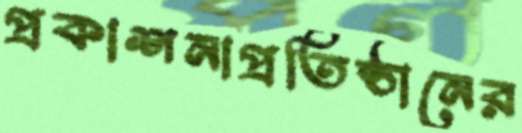
প্রকাশনাপ্রতিষ্ঠানের